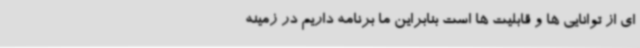
ای از توانایی ها و قابلیت ها است بنابراین ما برنامه داریم در زمینه